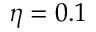
\eta = 0 . 1